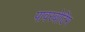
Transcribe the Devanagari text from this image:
पावरबोटिंग